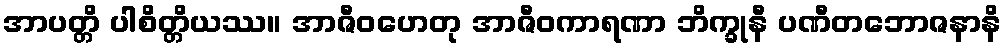
အာပတ္တိ ပါစိတ္တိယဿ။ အာဇီဝဟေတု အာဇီဝကာရဏာ ဘိက္ခုနီ ပဏီတဘောဇနာနိ